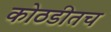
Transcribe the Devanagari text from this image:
कोठडीतच